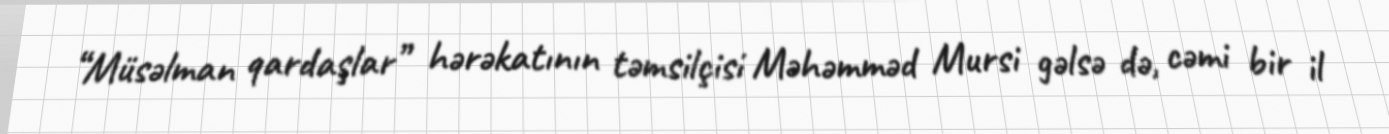
“Müsəlman qardaşlar” hərəkatının təmsilçisi Məhəmməd Mursi gəlsə də, cəmi bir il